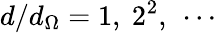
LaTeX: d/d_{\Omega}=1,~2^{2},~\cdots